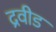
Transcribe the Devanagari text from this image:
द्रवीड